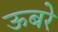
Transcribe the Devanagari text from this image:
ऊबरे